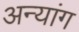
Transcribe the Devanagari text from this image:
अन्यांग